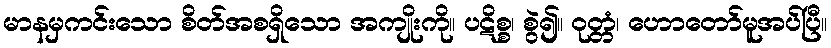
မာနမှကင်းသော စိတ်အစရှိသော အကျိုးကို။ ပဋိစ္စ၊ စွဲ၍။ ဝုတ္တံ၊ ဟောတော်မူအပ်ပြီ။